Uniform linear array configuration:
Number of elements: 48
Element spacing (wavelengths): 0.75
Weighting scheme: kaiser
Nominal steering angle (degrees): -45
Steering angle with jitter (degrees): -44.945
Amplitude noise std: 0.05
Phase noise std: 0.05

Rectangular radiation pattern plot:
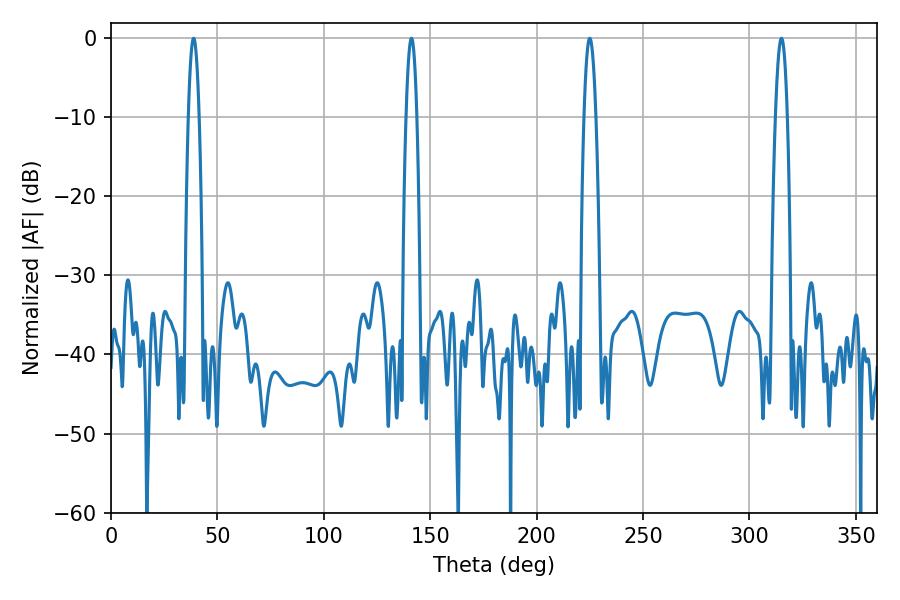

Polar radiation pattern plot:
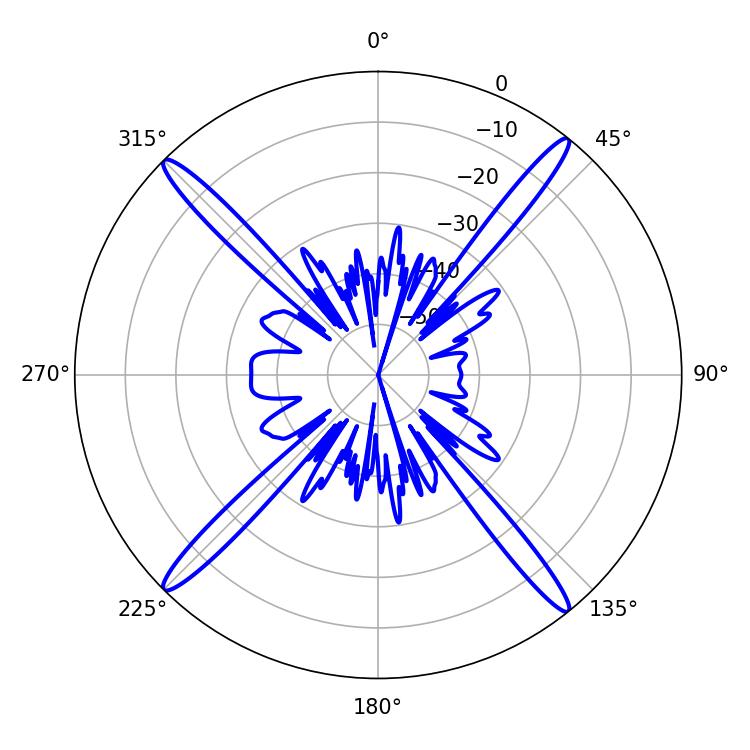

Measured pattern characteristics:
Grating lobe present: TRUE
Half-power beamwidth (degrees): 3.06
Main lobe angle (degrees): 225